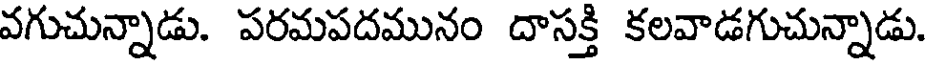
వగుచున్నాడు. పరమపదమునం దాసక్తి కలవాడగుచున్నాడు.